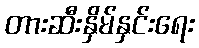
တားဆီးနှိမ်နှင်းရေး